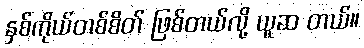
နှစ်ကိုယ်တစ်စိတ် ဖြစ်တယ်လို့ ယူဆ တယ်။